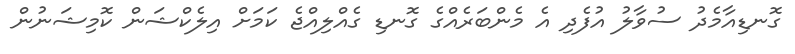
ގޮނޑިއާމެދު ސުވާލު އުފެދި އެ މެންބަރެއްގެ ގޮނޑި ގެއްލިއްޖެ ކަމަށް އިލެކްޝަން ކޮމިޝަނުން